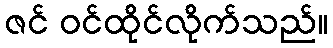
ဇင် ဝင်ထိုင်လိုက်သည်။